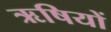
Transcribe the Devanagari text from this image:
ऋषियों